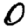
Digit: 0